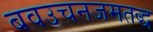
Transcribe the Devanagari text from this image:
बवउचनजमतद्ध